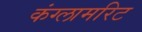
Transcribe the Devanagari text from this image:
कंग्लामरिट